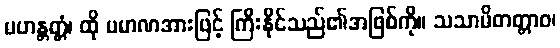
မဟန္တတ္တံ၊ ထို ပမာဏအားဖြင့် ကြီးနိုင်သည်၏အဖြစ်ကို။ သသာမိတတ္တာဝ၊